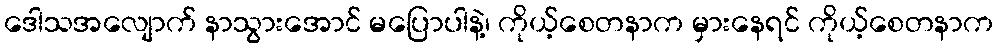
ဒေါသအလျောက် နာသွားအောင် မပြောပါနဲ့၊ ကိုယ့်စေတနာက မှားနေရင် ကိုယ့်စေတနာက